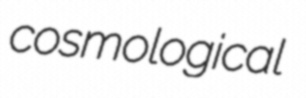
cosmological